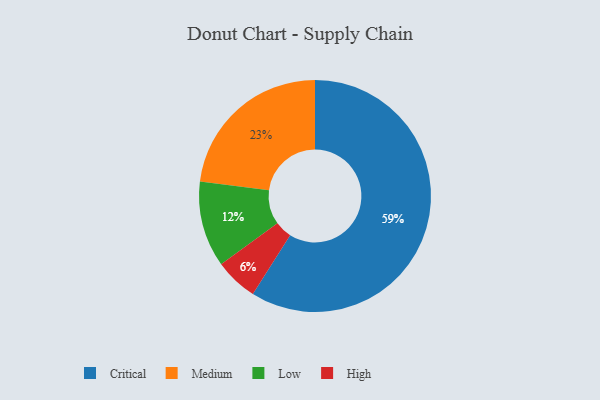
{"axis": {"x": "Category", "y": "Percentage"}, "legend": ["Critical", "High", "Low", "Medium"], "data": [{"x": "Low", "y": 12, "type": "Low"}, {"x": "Critical", "y": 59, "type": "Critical"}, {"x": "Medium", "y": 23, "type": "Medium"}, {"x": "High", "y": 6, "type": "High"}]}